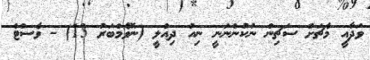
ވަދާއީ މެޗަށް ސަޗިން ނުކުންނަނީ ނިއު ދިއްލީ (ނޮވެމްބަރު 13) - ވެސްޓް